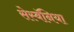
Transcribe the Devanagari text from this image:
सेस्बॅनिया